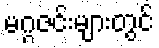
မဂ္ဂဇင်းများတွင်